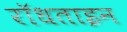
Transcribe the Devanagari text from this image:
रॉधताइन